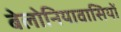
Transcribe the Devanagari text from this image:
बेलोनियावासियों